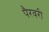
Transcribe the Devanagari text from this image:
पैरवरी